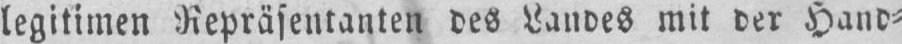
legitimen Repräsentanten des Landes mit der Hand⸗